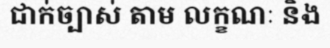
ជាក់ច្បាស់ តាម លក្ខណៈ និង